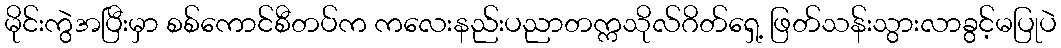
မိုင်းကွဲအပြီးမှာ စစ်ကောင်စီတပ်က ကလေးနည်းပညာတက္ကသိုလ်ဂိတ်ရှေ့ ဖြတ်သန်းသွားလာခွင့်မပြုပဲ